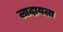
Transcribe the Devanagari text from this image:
लादायला